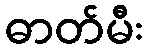
ဓာတ်မီး